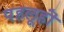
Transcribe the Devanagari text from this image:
पहलूहॊं